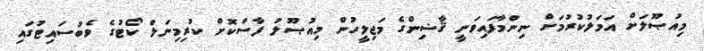
މިއުޞޫލަށް އަމަލުކުރުމަށް ނިންމާފައިވަނީ ޤާޟިންގެ މަޖިލީހުން މިއުޞޫލު ފާސްކޮށް ކުރިމިނަލް ކޯޓުގެ ވެބުސައިޓުގައި